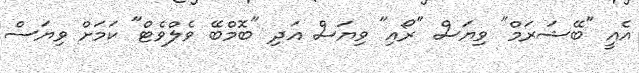
އެއީ "ބޭޝަރަމް" ވިޔަސް "ރޯއި" ވިޔަސް އަދި "ބޮމްބޭ ވެލްވެޓް" ކަމަށް ވިޔަސް